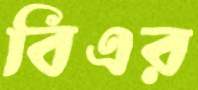
বিএর